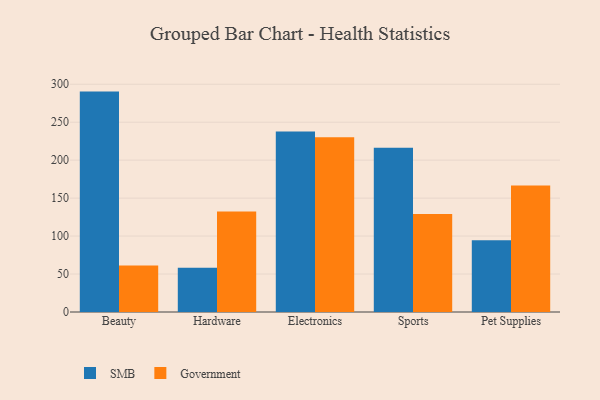
{"axis": {"x": "Category", "y": "Net Income (USD K)"}, "legend": ["Government", "SMB"], "data": [{"x": "Beauty", "y": 290.3, "type": "SMB"}, {"x": "Beauty", "y": 61.1, "type": "Government"}, {"x": "Hardware", "y": 58.2, "type": "SMB"}, {"x": "Hardware", "y": 132.3, "type": "Government"}, {"x": "Electronics", "y": 237.6, "type": "SMB"}, {"x": "Electronics", "y": 230.3, "type": "Government"}, {"x": "Sports", "y": 216.3, "type": "SMB"}, {"x": "Sports", "y": 129.2, "type": "Government"}, {"x": "Pet Supplies", "y": 94.4, "type": "SMB"}, {"x": "Pet Supplies", "y": 166.6, "type": "Government"}]}